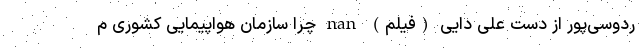
ردوسی‌پور از دست علی دایی (فیلم) nan چرا سازمان هواپیمایی کشوری م